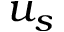
u _ { s }